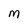
Character: M